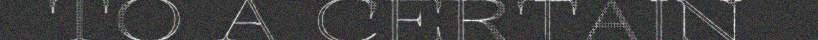
TO A CERTAIN